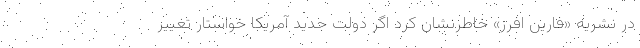
در نشریه «فارین افرز» خاطرنشان کرد اگر دولت جدید آمریکا خواستار تغییر